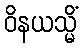
ဝိနယသ္မိံ